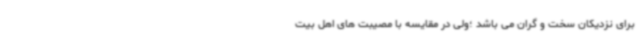
برای نزدیکان سخت و گران می باشد ؛ولی در مقایسه با مصیبت های اهل بیت